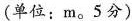
(单位：m。5分)